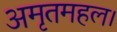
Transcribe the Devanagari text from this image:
अमृतमहल।